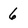
Character: 6